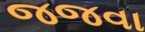
જજવા